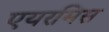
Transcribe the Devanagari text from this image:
एयरमिस